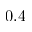
- 0 . 4